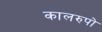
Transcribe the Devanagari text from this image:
कालरुपो